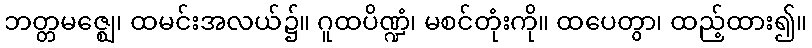
ဘတ္တမဇ္ဈေ၊ ထမင်းအလယ်၌။ ဂူထပိဏ္ဍံ၊ မစင်တုံးကို။ ထပေတွာ၊ ထည့်ထား၍။